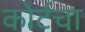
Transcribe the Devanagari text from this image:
कोर्टचा